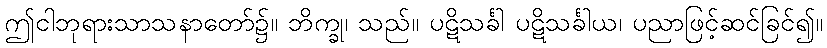
ဤငါဘုရားသာသနာတော်၌။ ဘိက္ခု၊ သည်။ ပဋိသင်္ခါ ပဋိသင်္ခါယ၊ ပညာဖြင့်ဆင်ခြင်၍။